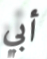
أبي